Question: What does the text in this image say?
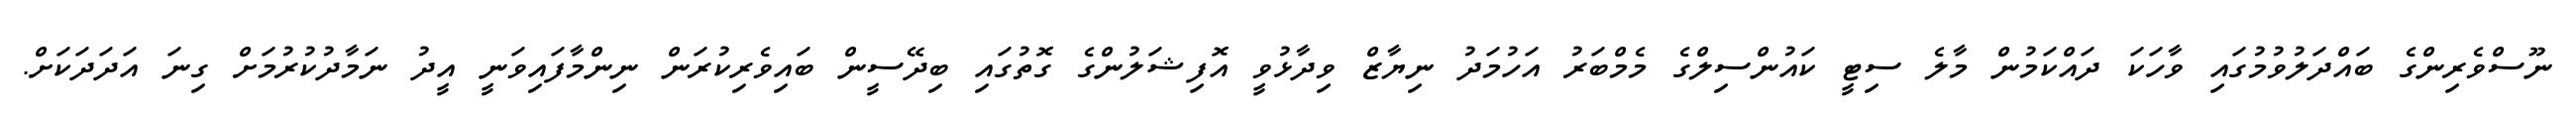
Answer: ނޫސްވެރިންގެ ބައްދަލުވުމުގައި ވާހަކަ ދައްކަމުން މާލެ ސިޓީ ކައުންސިލްގެ މެމްބަރު އަހުމަދު ނިޔާޒް ވިދާޅުވީ އޮފިޝަލުންގެ ގޮތުގައި ބިދޭސީން ބައިވެރިކުރަން ނިންމާފައިވަނީ އީދު ނަމާދުކުރުމަށް ގިނަ އަދަދަކަށް.